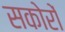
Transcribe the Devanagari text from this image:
सकोरों